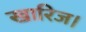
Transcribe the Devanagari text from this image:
खारिज।